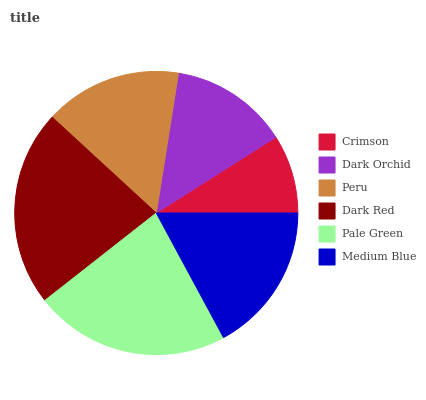
| Crimson | Dark Orchid | Peru | Dark Red | Pale Green | Medium Blue |
 | --- | --- | --- | --- | --- | --- |
 | 8.99% | 13.5% | 15.6% | 22.4% | 22.3% | 17.2% |